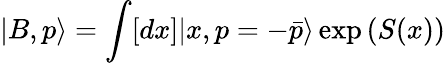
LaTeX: |B,p\rangle=\int[dx]|x,p=-\bar{p}\rangle\exp{\left(S(x)\right)}